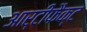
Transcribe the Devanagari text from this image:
आर्टीफैक्ट